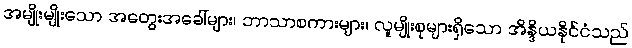
အမျိုးမျိုးသော အတွေးအခေါ်များ၊ ဘာသာစကားများ၊ လူမျိုးစုများရှိသော အိန္ဒိယနိုင်ငံသည်